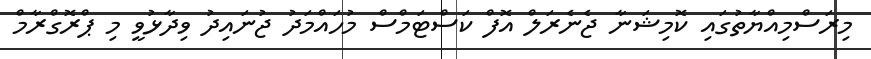
މިރަސްމިއްޔާތުގައި ކޮމިޝަނާ ޖެނެރަލް އޮފް ކަސްޓަމްސް މުހައްމަދު ޖުނައިދު ވިދާޅުވީ މި ޕްރޮގްރާމް